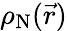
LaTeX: \rho_{\textrm{N}}(\vec{r})